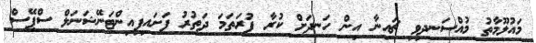
މައުލޫމާތު މުއްސަނދިވި ޗައިނާ އިން ހަނދަށް ކުރާ ފުރަތަމަ ދަތުރު ފަށައިފިއިންޓަނޭޝަނަލް ސްޕޭސް